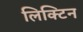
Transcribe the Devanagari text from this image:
लिक्टिन